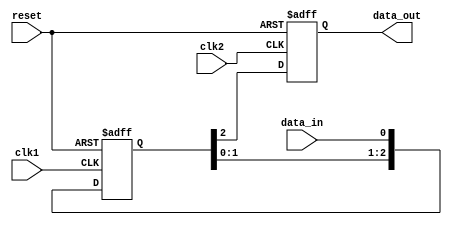
module synchronization_block (
    input wire clk1, // Clock signal for the source domain
    input wire clk2, // Clock signal for the destination domain
    input wire reset, // Reset signal
    input wire data_in, // Input data to be synchronized
    
    output reg data_out // Synchronized output data
);

reg [2:0] flop_data;

always @(posedge clk1 or negedge reset) begin
    if (!reset)
        flop_data <= 3'b0; // Initialize flop_data
    else
        flop_data <= {flop_data[1:0], data_in}; // Shift data_in into flop_data
end

always @(posedge clk2 or negedge reset) begin
    if (!reset)
        data_out <= 1'b0; // Initialize data_out
    else
        data_out <= flop_data[2]; // Output synchronized data
end

endmodule